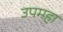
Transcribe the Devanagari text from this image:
उपमहा